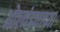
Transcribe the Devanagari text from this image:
ओलांड्याच्या